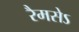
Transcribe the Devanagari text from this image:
रैमसेऽ